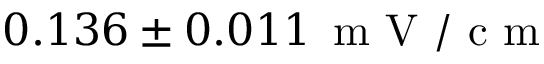
0 . 1 3 6 \pm 0 . 0 1 1 \, \mathrm { ~ m ~ V ~ / ~ c ~ m ~ }